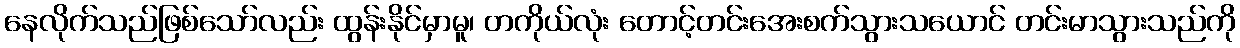
နေလိုက်သည်ဖြစ်သော်လည်း ထွန်းနိုင်မှာမူ၊ တကိုယ်လုံး တောင့်တင်းအေးစက်သွားသယောင် တင်းမာသွားသည်ကို